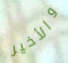
والأخير